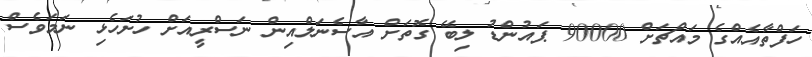
ހަފްތާއެއްގެ މައްޗަށް 90000 ޕައުންޑު ލިބޭ ގޮތަށް އާސެނަލްއިން ނަސްރީއަށް ހުށަހެޅި ނަމަވެސް